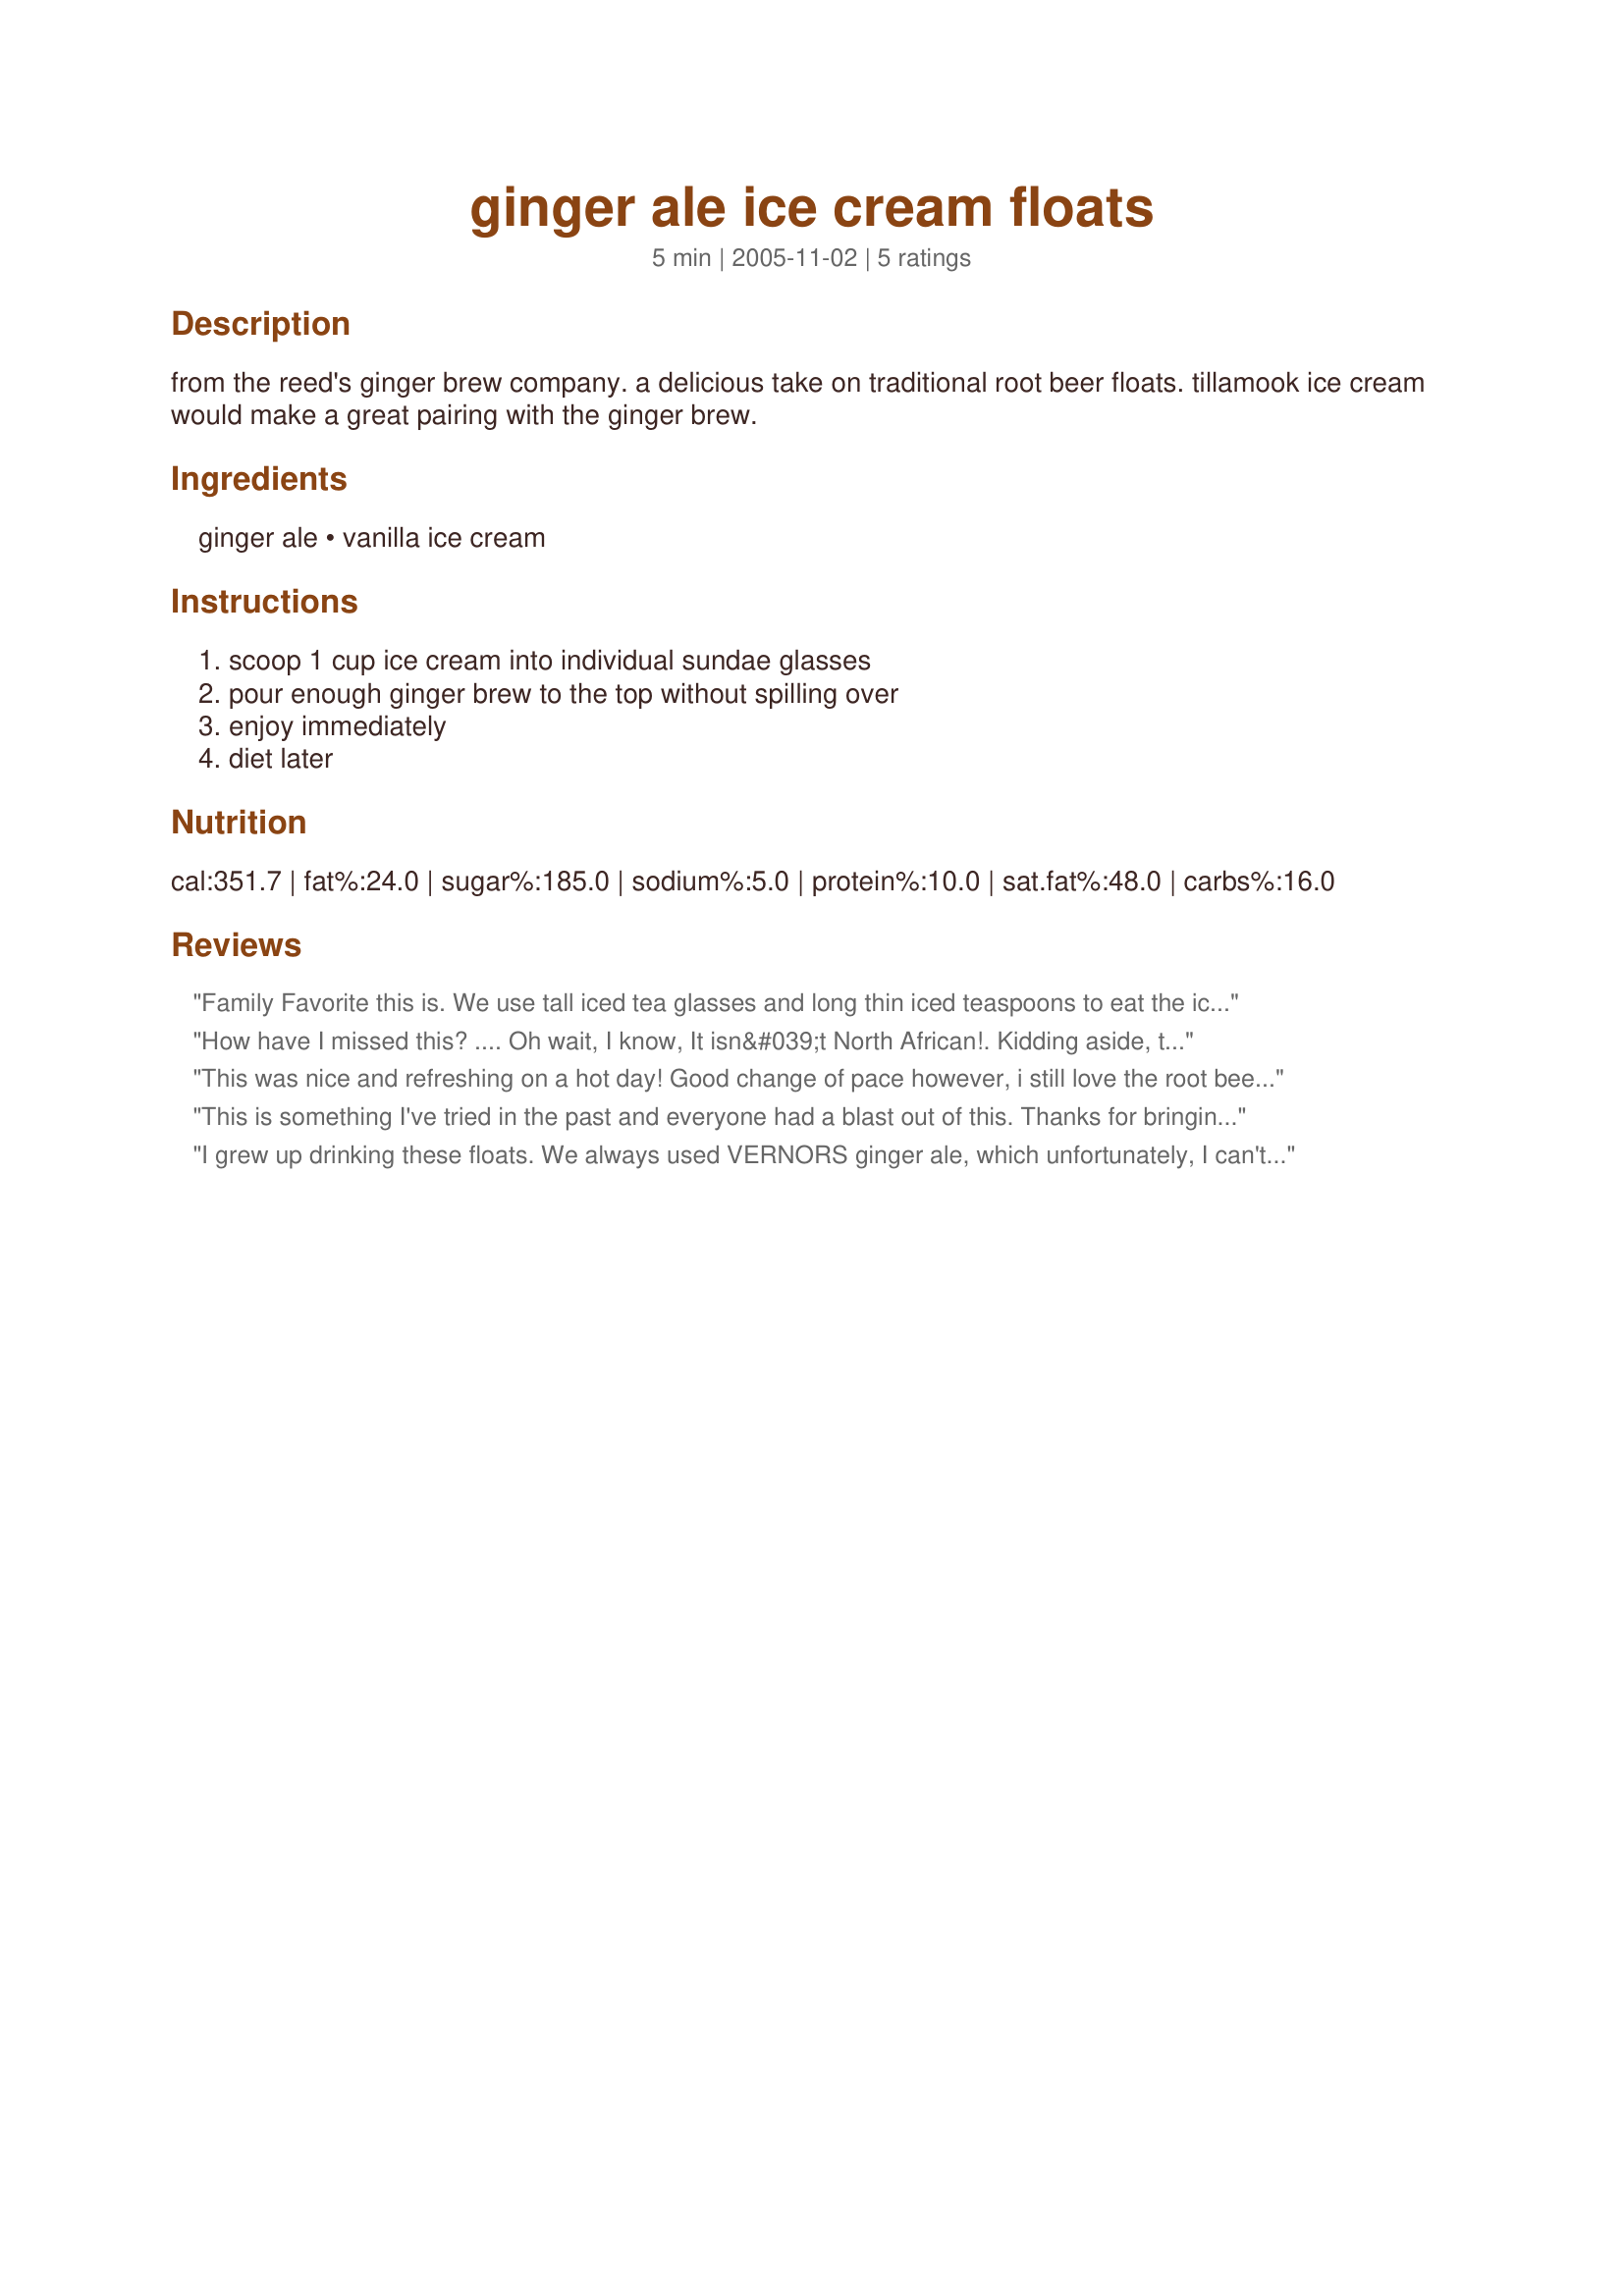
ginger ale ice cream floats
Preparation time: 5 minutes

from the reed's ginger brew company. a delicious take on traditional root beer floats. tillamook ice cream would make a great pairing with the ginger brew.

Ingredients:
ginger ale, vanilla ice cream

Steps:
scoop 1 cup ice cream into individual sundae glasses, pour enough ginger brew to the top without spilling over, enjoy immediately, diet later

Reviews:
Family Favorite this is. We use tall iced tea glasses and long thin iced teaspoons to eat the ice cream before drinking it. :) This beverage was always served while watching Atlanta Braves games on TV at my grandparents'. Breyers vanilla ice cream and Canada Dry ginger ale.
How have I missed this? .... Oh wait, I know, It isn&#039;t North African!. Kidding aside, this was a perfect refresher this afternoon. I always, well, usually, have ginger ale in the down stairs pantry where it stays colder than in the fridge so this was really fast and simple. Thanks CG for a lovely treat.
This was nice and refreshing on a hot day! Good change of pace however, i still love the root beer best.
This is something I've tried in the past and everyone had a blast out of this. Thanks for bringing back happy memories:)

I grew up drinking these floats. We always used VERNORS ginger ale, which unfortunately, I can't get in Virginia. I went to Michigan this summer an brought back a few cases. The odd thing is that we called these Boston Coolers. Go figure.
